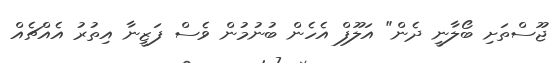
ޖޫސްތަށި ބޯލާނީ ދެން" އަލޫފް އެހެން ބުނުމުން ވެސް ފަޒީނާ އިތުރު އެއްޗެއް